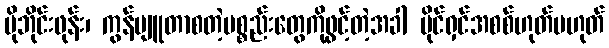
မိုဘိုင်းဖုန်း၊ ကွန်ပျူတာစတဲ့ပစ္စည်းတွေကိုဖွင့်တဲ့အခါ ပိုင်ရှင်အစစ်ဟုတ်မဟုတ်